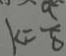
k = \frac { 9 } { 8 }